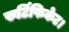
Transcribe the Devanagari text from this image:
सर्टिफिकेट।